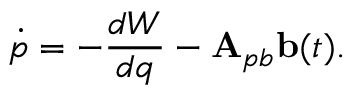
\dot { p } = - \frac { d W } { d q } - \mathbf { A } _ { p b } \mathbf { b } ( t ) .